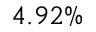
4 . 9 2 \%